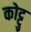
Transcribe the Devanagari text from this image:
कोट्टु